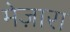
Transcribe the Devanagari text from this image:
मेज़ारा